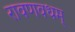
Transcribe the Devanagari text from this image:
रावणवधम्